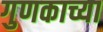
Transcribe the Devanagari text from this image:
गुणकाच्या